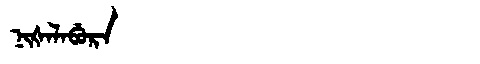
Manchu: ᠨᡳᡧᠠᠯᠠᠪᡠᡵᠠ
Romanization: NIŠALABURA